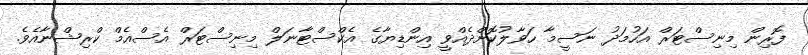
ފޮރިން މިނިސްޓަރް އަހުމަދު ނަސީމާ ހަވާލުކޮށްދެއްވީ އިންޑިޔާގެ އެކްސްޓާނަލް މިނިސްޓަރް އެސްއެމް ކްރިޝްނާއެވެ.